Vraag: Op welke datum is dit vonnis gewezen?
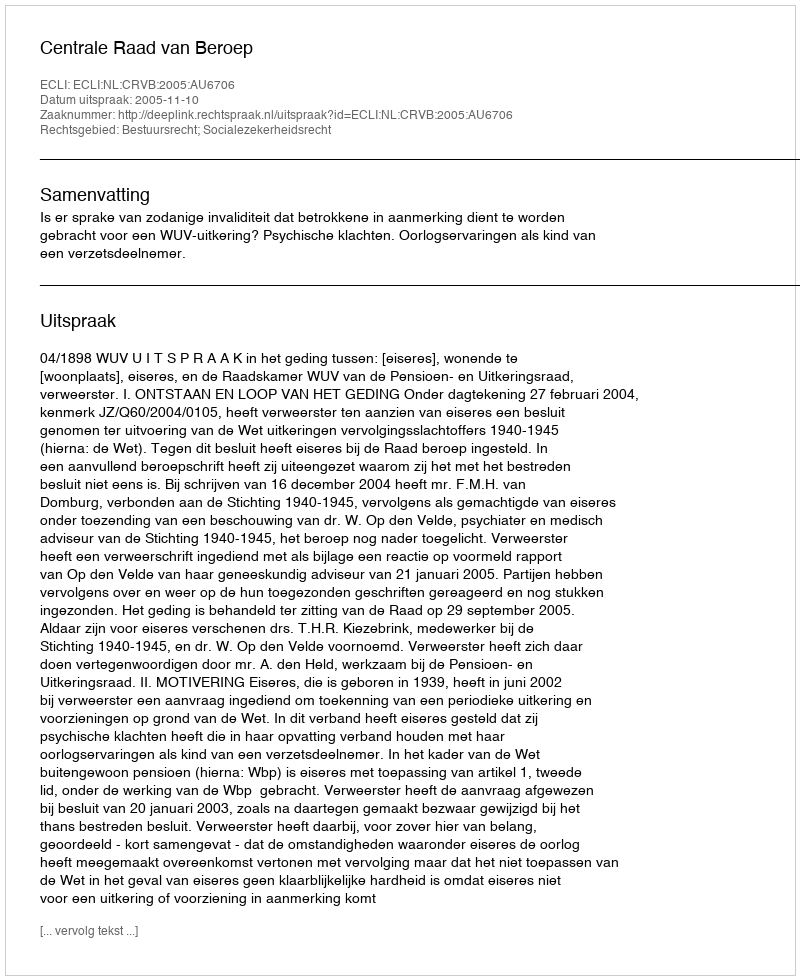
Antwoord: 2005-11-10